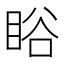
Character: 䀰